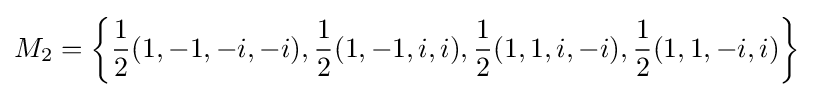
M_{2}=\left\{{\frac {1}{2}}(1,-1,-i,-i),{\frac {1}{2}}(1,-1,i,i),{\frac {1}{2}}(1,1,i,-i),{\frac {1}{2}}(1,1,-i,i)\right\}